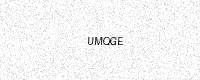
Text: UMQGE